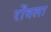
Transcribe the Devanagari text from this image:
रोंवला